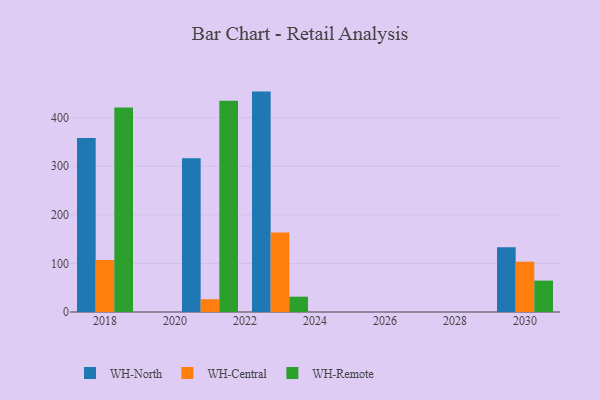
{"axis": {"x": "Year", "y": "Headcount"}, "legend": ["WH-Central", "WH-North", "WH-Remote"], "data": [{"x": "2021", "y": 316.5, "type": "WH-North"}, {"x": "2021", "y": 26.3, "type": "WH-Central"}, {"x": "2021", "y": 434.6, "type": "WH-Remote"}, {"x": "2018", "y": 358.0, "type": "WH-North"}, {"x": "2018", "y": 107.2, "type": "WH-Central"}, {"x": "2018", "y": 420.7, "type": "WH-Remote"}, {"x": "2023", "y": 453.5, "type": "WH-North"}, {"x": "2023", "y": 163.6, "type": "WH-Central"}, {"x": "2023", "y": 31.5, "type": "WH-Remote"}, {"x": "2030", "y": 133.4, "type": "WH-North"}, {"x": "2030", "y": 103.5, "type": "WH-Central"}, {"x": "2030", "y": 64.6, "type": "WH-Remote"}]}